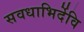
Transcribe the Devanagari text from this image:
सवधाभिर्देवि